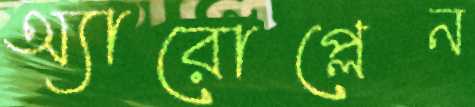
অ্যারোপ্লেন